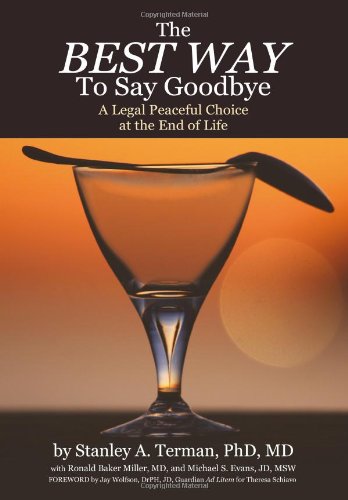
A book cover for The Best Way to Say Goodbye: A Legal Peaceful Choice At the End of Life; Stanley A. Terman; Self-Help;